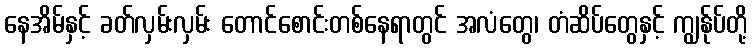
နေအိမ်နှင့် ခတ်လှမ်းလှမ်း တောင်စောင်းတစ်နေရာတွင် အလံတွေ၊ တံဆိပ်တွေနှင့် ကျွန်ုပ်တို့